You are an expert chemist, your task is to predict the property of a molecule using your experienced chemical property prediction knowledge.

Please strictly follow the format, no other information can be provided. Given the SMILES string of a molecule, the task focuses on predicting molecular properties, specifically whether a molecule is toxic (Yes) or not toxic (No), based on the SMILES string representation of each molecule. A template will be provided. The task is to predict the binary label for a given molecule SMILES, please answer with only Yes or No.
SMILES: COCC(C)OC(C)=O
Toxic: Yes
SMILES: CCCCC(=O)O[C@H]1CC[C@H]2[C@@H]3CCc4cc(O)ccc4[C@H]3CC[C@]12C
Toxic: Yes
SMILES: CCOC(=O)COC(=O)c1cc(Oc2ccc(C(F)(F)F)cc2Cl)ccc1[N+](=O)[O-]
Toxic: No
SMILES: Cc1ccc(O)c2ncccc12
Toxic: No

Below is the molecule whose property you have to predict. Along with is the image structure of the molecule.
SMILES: Cc1cc(C)c(NC(=O)CN(CC(=O)O)CC(=O)O)c(C)c1Br
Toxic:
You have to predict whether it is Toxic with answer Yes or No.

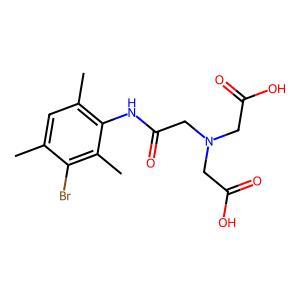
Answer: No